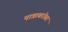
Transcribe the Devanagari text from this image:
पात्राबरोबर